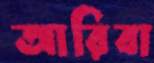
আরিবা